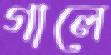
গালে